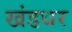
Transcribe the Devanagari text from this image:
खंडधर